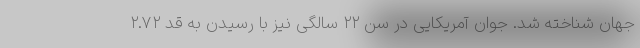
جهان شناخته شد. جوان آمریکایی در سن ۲۲ سالگی نیز با رسیدن به قد ۲.۷۲